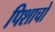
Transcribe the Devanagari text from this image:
पिशाचो